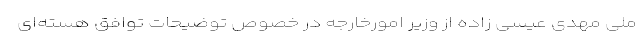
ملی مهدی عیسی زاده از وزیر امورخارجه در خصوص توضیحات توافق هسته‌ای